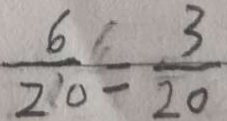
\frac { 6 } { 2 0 } = \frac { 3 } { 2 0 }